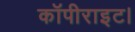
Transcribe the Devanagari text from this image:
कॉपीराइट।